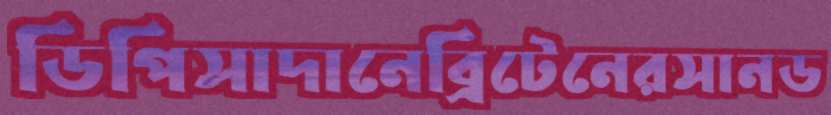
ডিপিসাদানেব্রিটেনেরসানড